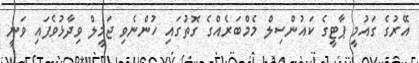
އޭރުގެ ގައުމީ ޕާޓީގެ ކައުންސިލް މެމްބަރެއްގެ ގޮތުގައި ހުންނެވި ޖަމީލް ވިދާޅުވެފައި ވަނީ